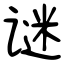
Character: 谜